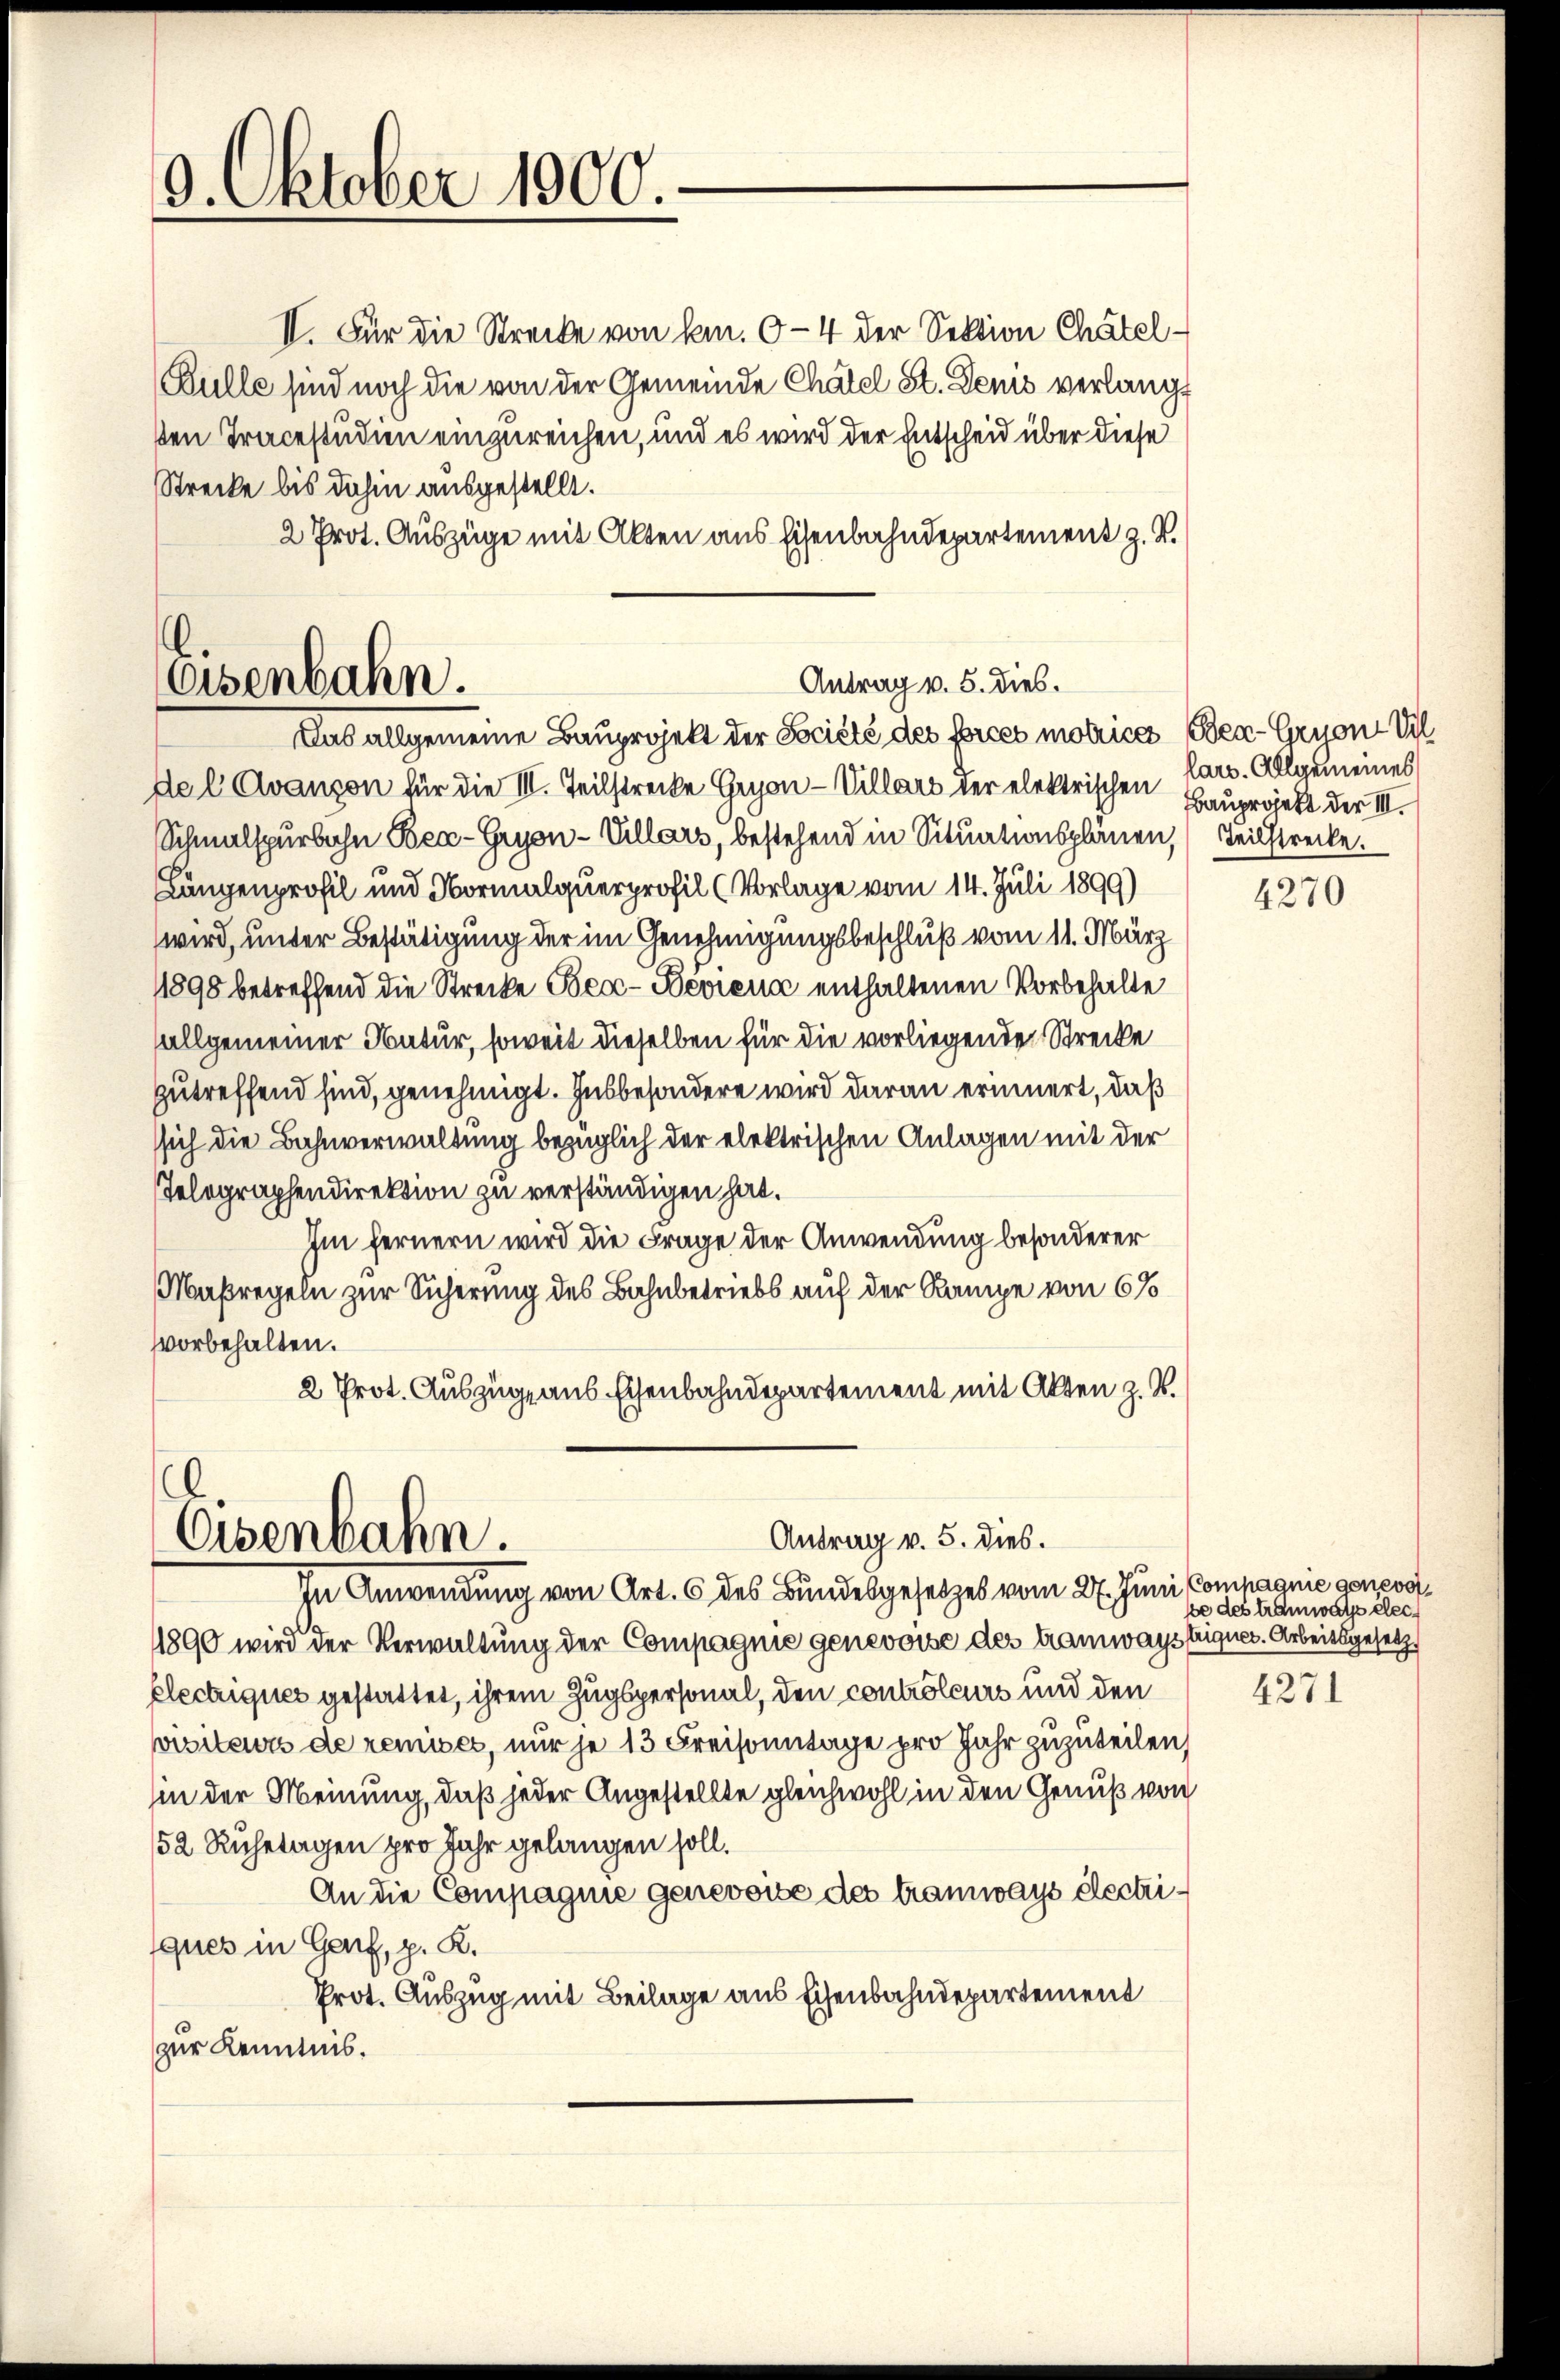
9. Oktober 1000.

Antrag v. 5. dies.
Eisenbahn.
Das allgemeine Bauprojekt der Société des forces motice Ber-Gryon Vil

II. Für die Strecke von kann. O-4 der Sektion Chätel-
Bulle sind noch die von der Gemeinde Chatel St. Denis verlangt
ten Tracestudien einzureichen, und es wird der Entscheid über diese
Strecke bis dahin ausgestellt.
2 Prot. Auszüge mit Akten aus Eisenbahndepartement z. B.

del Avanzon für die III. Teilstrecke Gron-Villars der elektrischen Bauprojekt der III.
Schmalspurbahn Bec-Gryon-Villars, bestehend in Situationsplänen, Teilstrecke.
Längenprofil und Normalquerprofil (Vorlage vom 14. Juli 1899)
wird, unter Bestätigung der im Genehmigungsbeschluß vom 11. März
1898 betreffend die Strecke Bea-Beviena enthaltenen Vorbehalte
allgemeiner Natur, soweit dieselben für die vorliegende Strecke
zutreffend sind, genehmigt. Insbesondere wird daran erinnert, daß
ssich die Bahnverwaltung bezüglich der elektrischen Anlagen mit der
Telegraphendirektion zu verständigen hat.
Im fernern wird die Frage der Anwendung besonderer
Maßregeln zur Sicherung des Bahnbetriebs auf der Rampe von 6%
svorbehalten.
2 Prot. Auszüge aus Eisenbahndepartement mit Akten z. B.

Antrag v. 5. dies.
Osenbahn.
In Anwendung von Art. 6 des Bundesgesetzes vom 27. Juni Compagnie genevo

lars. Allgemeines

1890 wird der Verwaltung der Compagnie genevoise des tramwaystuques. Arbeitsgesetz
Electriques gestattet, ihrem Zugspersonal, den controleurs und den
pisiteurs de remises, nur je 13 Freisonntage pro Jahr zuzuteilen,
hin der Meinung, daß jeder Angestellte gleichwohl in den Genuß von
52 Ruhetagen pro Jahr gelangen soll.
An die Compagnie genevoise des tramways électriques in Genf, p. R.
Prot. Auszug mit Beilage aus Eisenbahndepartement
zur Kenntnis.

4270

be des Tramwals elec

4271